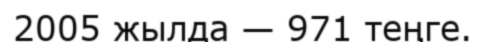
2005 жылда — 971 теңге.